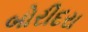
બોરીદરા